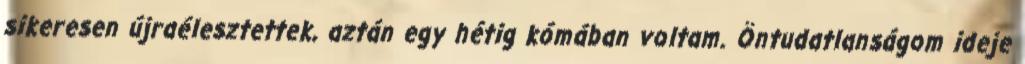
sikeresen újraélesztettek, aztán egy hétig kómában voltam. Öntudatlanságom ideje